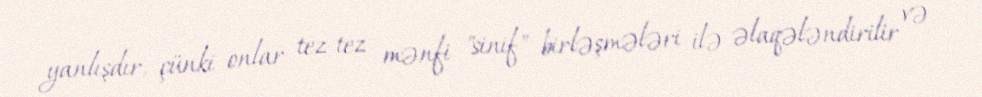
yanlışdır, çünki onlar tez-tez mənfi "sinif" birləşmələri ilə əlaqələndirilir və